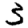
Digit: 3